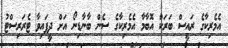
އެމެރިކާގެ ރައީސް ބަރަކް އޮބާމާ އެމެރިކާގެ ސެން ބާނާޑިނޯ އަށް ދީފައިވާ ޓެރަރިސްޓު